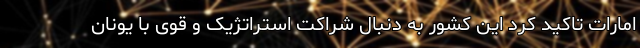
امارات تاکید کرد این کشور به دنبال شراکت استراتژیک و قوی با یونان